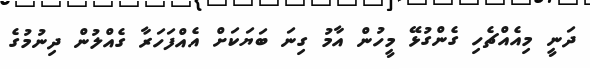
ދަނީ މިއެއްޗެހި ގެންގުޅޭ މީހުން އާމު ގިނަ ބަޔަކަށް އެއްފަހަރާ ގެއްލުން ދިނުމުގެ